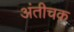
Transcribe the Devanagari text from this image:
अंतीचक